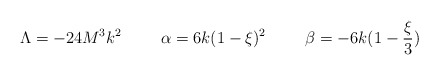
\begin{align*}\Lambda = -24 M^3 k^2\hspace{1.0cm}\alpha = 6k (1 - \xi)^2\hspace{1.0cm}\beta = -6k (1 - \frac{\xi}{3})\end{align*}